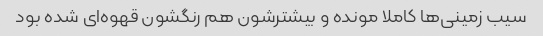
سیب زمینی‌ها کاملا مونده و بیشترشون هم رنگشون قهوه‌ای شده بود